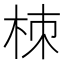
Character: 栜